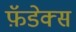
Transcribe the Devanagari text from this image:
फ़ॅडेक्स